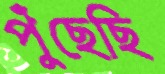
পুঁছেছি